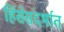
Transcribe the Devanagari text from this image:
हिंसेसंदर्भात